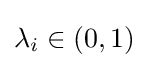
\lambda _{i}\in (0,1)